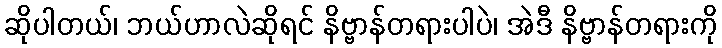
ဆိုပါတယ်၊ ဘယ်ဟာလဲဆိုရင် နိဗ္ဗာန်တရားပါပဲ၊ အဲဒီ နိဗ္ဗာန်တရားကို